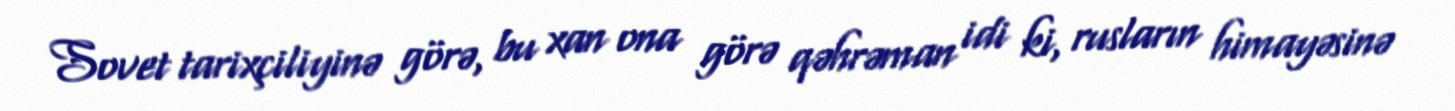
Sovet tarixçiliyinə görə, bu xan ona görə qəhrəman idi ki, rusların himayəsinə